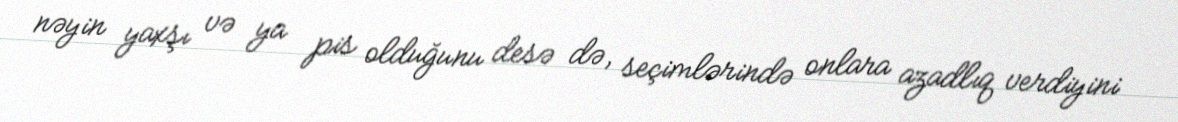
nəyin yaxşı və ya pis olduğunu desə də, seçimlərində onlara azadlıq verdiyini